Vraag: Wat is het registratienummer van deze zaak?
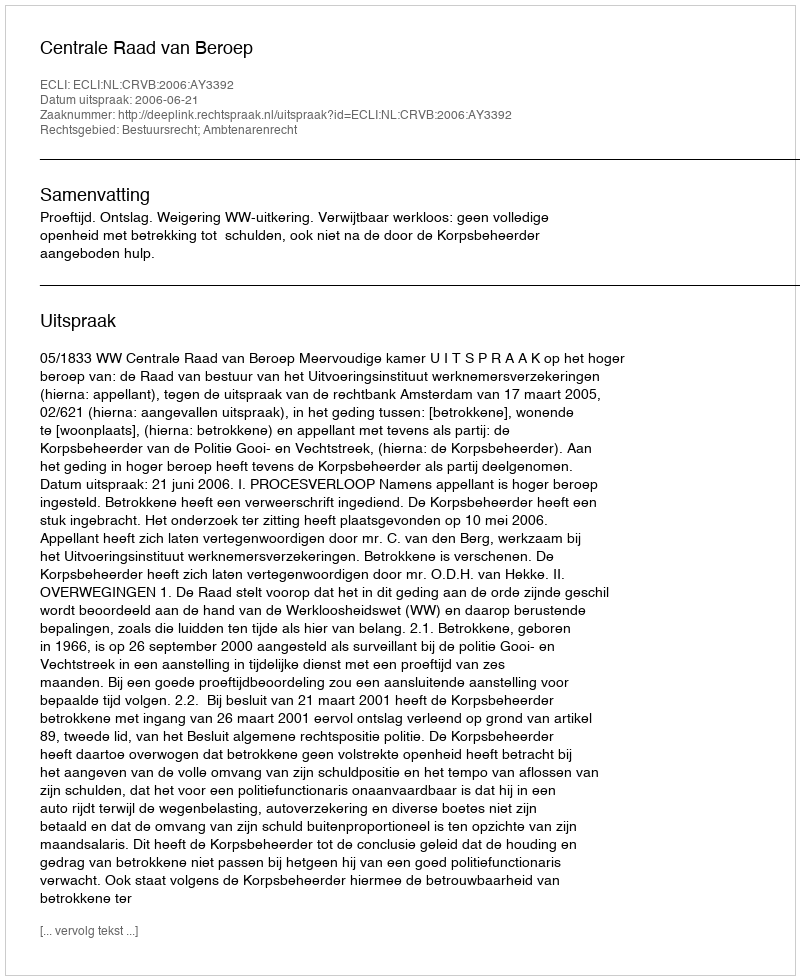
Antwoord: http://deeplink.rechtspraak.nl/uitspraak?id=ECLI:NL:CRVB:2006:AY3392